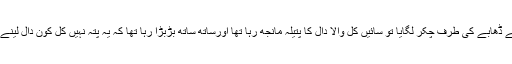
دوسرے دن صبح اس نے ڈرتے ڈرتے ڈھابے کی طرف چکر لگایا تو سائیں کل والا دال کا پتیلہ مانجھ رہا تھا اورساتھ ساتھ بڑبڑا رہا تھا کہ یہ پتہ نہیں کل کون دال لینے آیا تھااور اپنا پیالہ ہی یہاں چھوڑ گیا۔